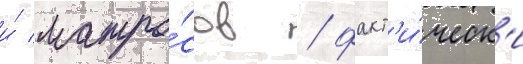
и́ матро́сов / факт'и́ческ'и